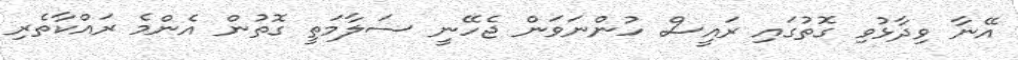
އޭނާ ވިދާޅުވި ގޮތުގައި ރައީސް ހުންނަވަން ޖެހޭނީ ސަލާމަތީ ގޮތުން އެންމެ ރައްކާތެރި